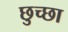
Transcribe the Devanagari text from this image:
छुच्छा